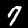
Digit: 7